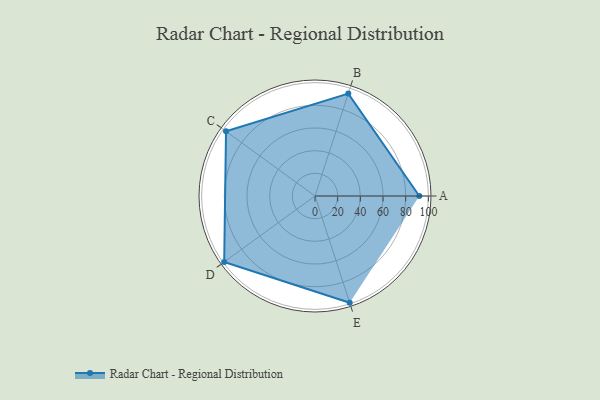
{"axis": {"x": "Skill", "y": "Score"}, "legend": ["Profile"], "data": [{"x": "A", "y": 92.0, "type": "Profile"}, {"x": "B", "y": 95.0, "type": "Profile"}, {"x": "C", "y": 97.0, "type": "Profile"}, {"x": "D", "y": 99.0, "type": "Profile"}, {"x": "E", "y": 99, "type": "Profile"}]}